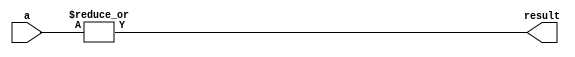
//=========================================================================
//
// DO NOT CHANGE THIS FILE. IT IS PROVIDED TO MAKE SURE YOUR LAB IS 
// SUCCESSFULL. 
//
//=========================================================================

`timescale 1ns / 1ps

//  Constant definitions 

module slow_or # ( parameter NUMINPUTS = 2 ) (
  input wire [NUMINPUTS-1:0] a,
  output wire result
);

assign #2 result = |a;

endmodule